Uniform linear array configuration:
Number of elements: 4
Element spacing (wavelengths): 0.75
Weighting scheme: binomial
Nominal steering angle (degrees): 15
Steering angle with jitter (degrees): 13.863
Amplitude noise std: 0.05
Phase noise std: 0.05

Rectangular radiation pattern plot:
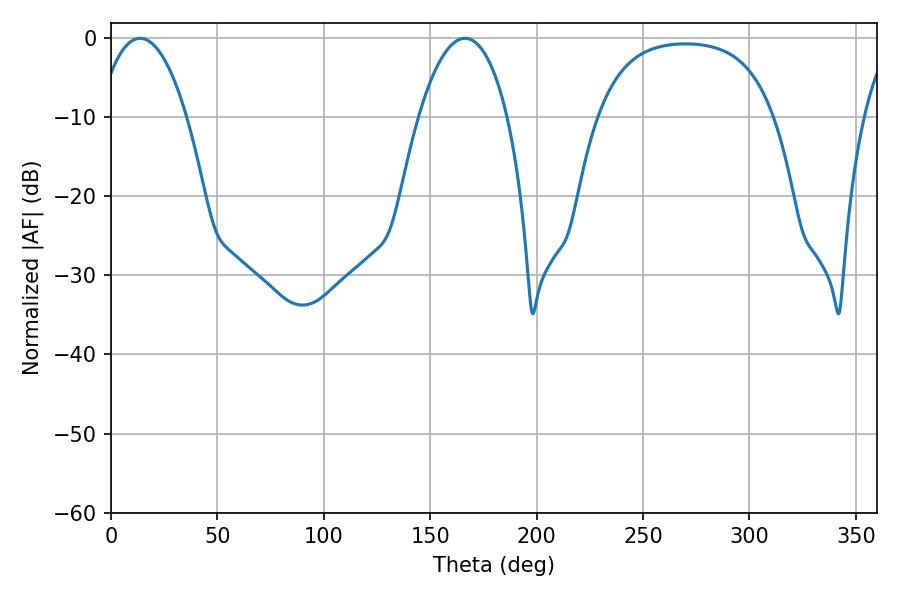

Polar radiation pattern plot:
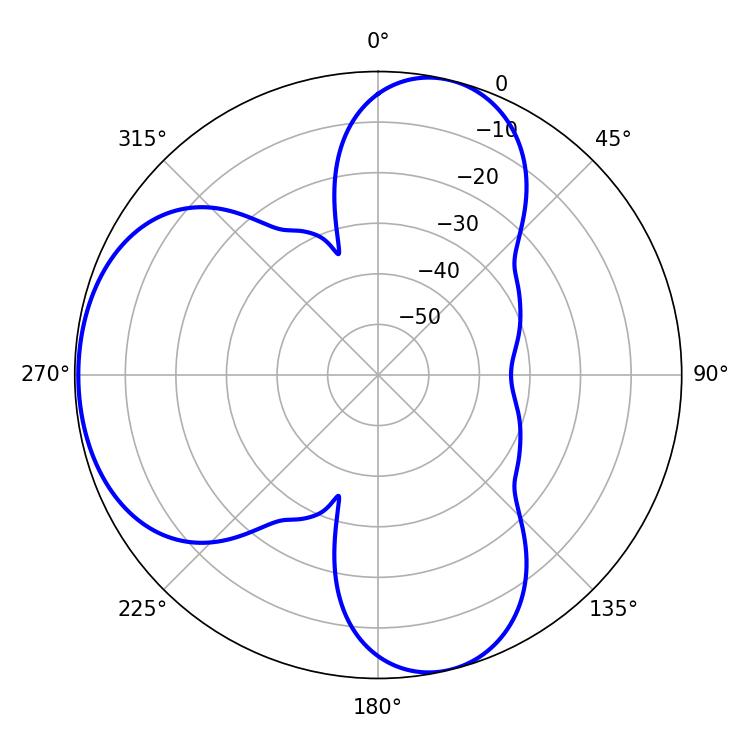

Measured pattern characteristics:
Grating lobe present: TRUE
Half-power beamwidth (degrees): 23.22
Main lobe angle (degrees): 166.32